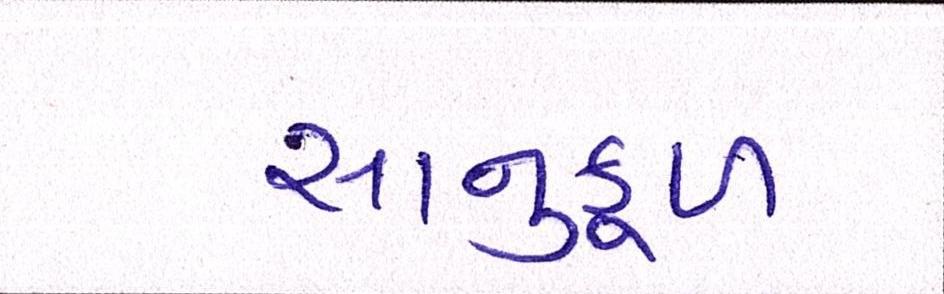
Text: સાનુકૂળ